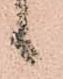
候